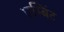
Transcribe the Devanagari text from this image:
एम्बिंट